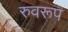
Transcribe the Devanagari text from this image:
रुवरूप